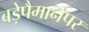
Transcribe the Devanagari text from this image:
बड़ेपैमानेपर